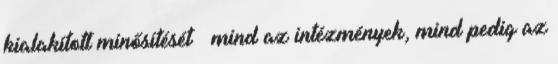
kialakított minősítését – mind az intézmények, mind pedig az